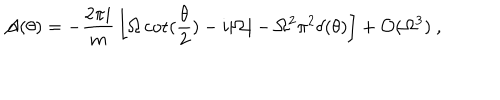
LaTeX: { \cal A } ( \theta ) = - { \frac { 2 \pi i } { m } } \left[ { \Omega } \cot ( { \frac { \theta } { 2 } } ) - i | { \Omega } | - \Omega ^ { 2 } \pi ^ { 2 } \delta ( \theta ) \right] + { \cal O } ( { \Omega } ^ { 3 } ) \ ,